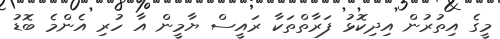
މީގެ އިތުރުން އިދިކޮޅު ފަރާތްތަކާ ރައީސް ޔާމީން އާ ހުރި އެންމެ ބޮޑު